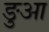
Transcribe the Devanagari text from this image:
ङुआ